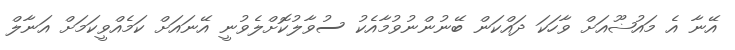
އޭނާ އެ މައުޟޫއަށް ވާހަކަ ދައްކަން ބޭނުންނުވުމާއެކު ސުވާލުކޮށްލެވުނީ އޭނައަށް ކަމެއްވީކަމަށް އަނާލް